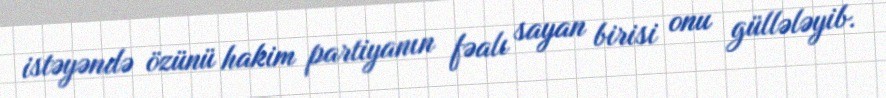
istəyəndə özünü hakim partiyanın fəalı sayan birisi onu güllələyib.